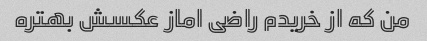
من که از خریدم راضی اماز عکسش بهتره